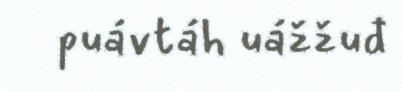
puávtáh uážžuđ